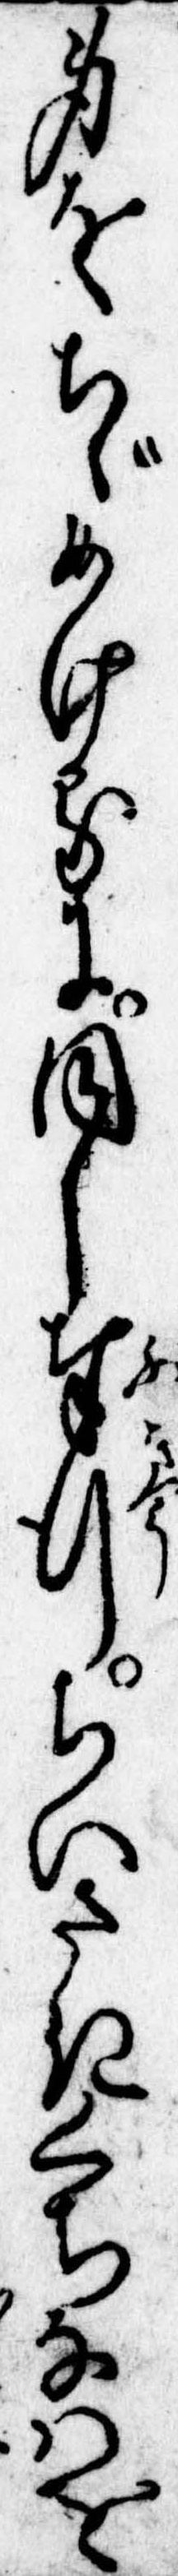
身をちゞめけるに同し奉行ちいさきくちなはを